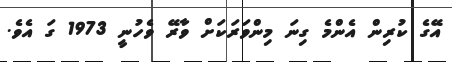
އޭގެ ކުރިން އެންމެ ގިނަ މިންވަރަކަށް ވާރޭ ވެހުނީ 1973 ގަ އެވެ.